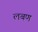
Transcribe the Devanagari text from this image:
लबण